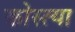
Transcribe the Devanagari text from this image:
कोस्त्या